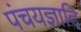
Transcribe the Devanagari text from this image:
पंचयज्ञादि